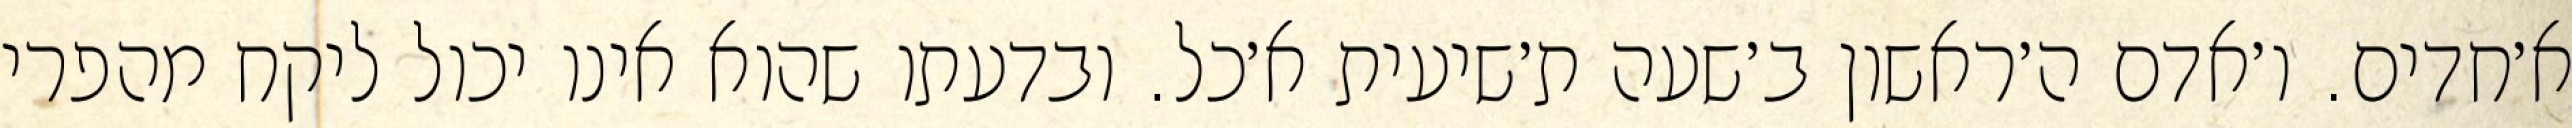
א׳חדים. ו׳אדם ה׳ראשון ב׳שעה ת׳שיעית א׳כל. ובדעתו שהוא אינו יכול ליקח מהפרי